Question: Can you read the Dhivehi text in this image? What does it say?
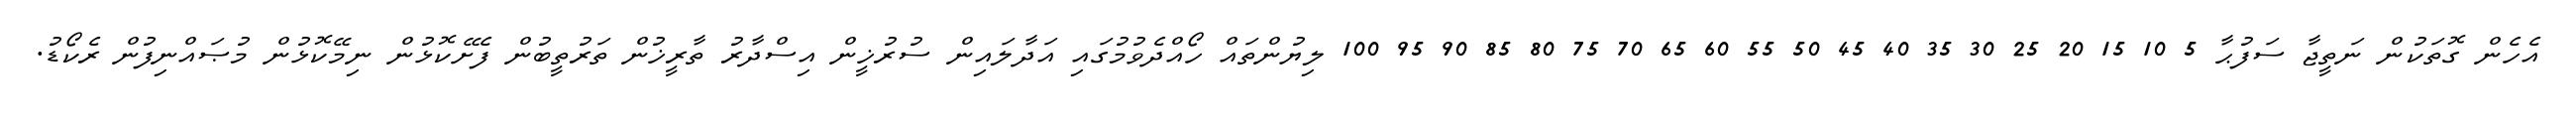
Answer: އެހެން ގޮތަކުން ނަތީޖާ ސަފުޙާ 5 10 15 20 25 30 35 40 45 50 55 60 65 70 75 80 85 90 95 100 ލިޔުންތައް ހޯއްދެވުމުގައި އަދާލައިން ސުރުޚީން އިސްދާރު ތާރީޚުން ތަރުތީބުން ފެށޭކޮޅުން ނިމޭކޮޅުން މުޞައްނިފުން ރެކޯޑު.